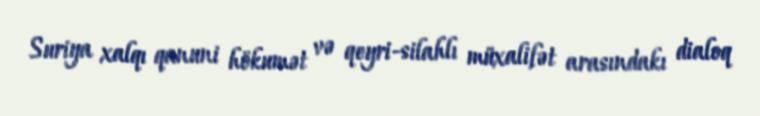
Suriya xalqı qanuni hökumət və qeyri-silahlı müxalifət arasındakı dialoq